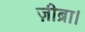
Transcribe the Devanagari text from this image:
ज़ीब्रा।